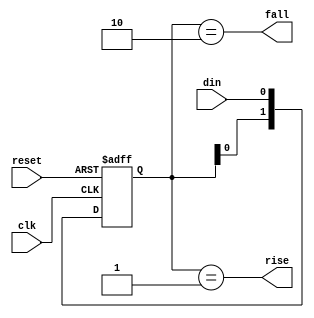
module detect_edge(clk, reset, din, rise, fall);

  input clk;
  input reset;
  input din;
  output rise;
  output fall;

  reg [1:0] d_reg;

  always @(posedge clk or posedge reset)
  begin
    if (reset) begin
      d_reg <= 2'b00;
    end else begin
      d_reg <= {d_reg[0], din};
    end
  end

  assign rise = d_reg == 2'b01;
  assign fall = d_reg == 2'b10;

endmodule